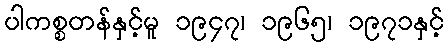
ပါကစ္စတန်နှင့်မူ ၁၉၄၇၊ ၁၉၆၅၊ ၁၉၇၁နှင့်